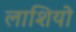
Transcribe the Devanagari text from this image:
लाशियो